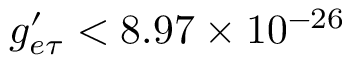
g _ { e \tau } ^ { \prime } < 8 . 9 7 \times 1 0 ^ { - 2 6 }